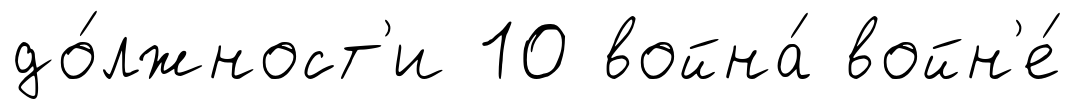
до́лжност'и 10 война́ войн'е́